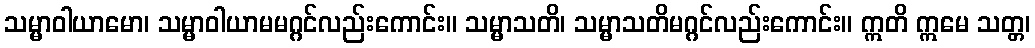
သမ္မာဝါယာမော၊ သမ္မာဝါယာမမဂ္ဂင်လည်းကောင်း။ သမ္မာသတိ၊ သမ္မာသတိမဂ္ဂင်လည်းကောင်း။ ဣတိ ဣမေ သတ္တ၊